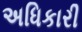
અધિકારી